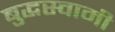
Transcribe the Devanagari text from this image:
बुद्धस्वामी